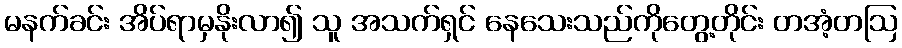
မနက်ခင်း အိပ်ရာမှနိုးလာ၍ သူ အသက်ရှင် နေသေးသည်ကိုတွေ့တိုင်း တအံ့တဩ